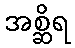
အစ္ဆိရ